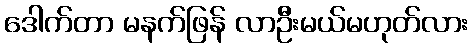
ဒေါက်တာ မနက်ဖြန် လာဦးမယ်မဟုတ်လား